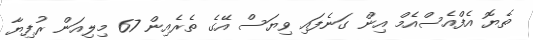
ތެޔޮ އެފްއެސްއެމް އިން ގަނެފައި ވިޔަސް އޭގެ ތެރެއިން 67 މިލިއަން ރުފިޔާ